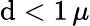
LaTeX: \mathrm{d}<1\, \mu